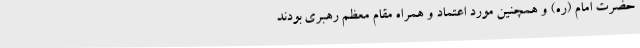
حضرت امام (ره) و همچنین مورد اعتماد و همراه مقام معظم رهبری بودند